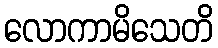
လောကာမိသေတိ